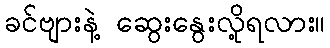
ခင်ဗျားနဲ့ ဆွေးနွေးလို့ရလား။